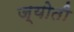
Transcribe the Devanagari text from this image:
ज्‍योती